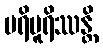
ပရိပူရိဿန္တိ